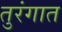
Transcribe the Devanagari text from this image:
तुरंगात